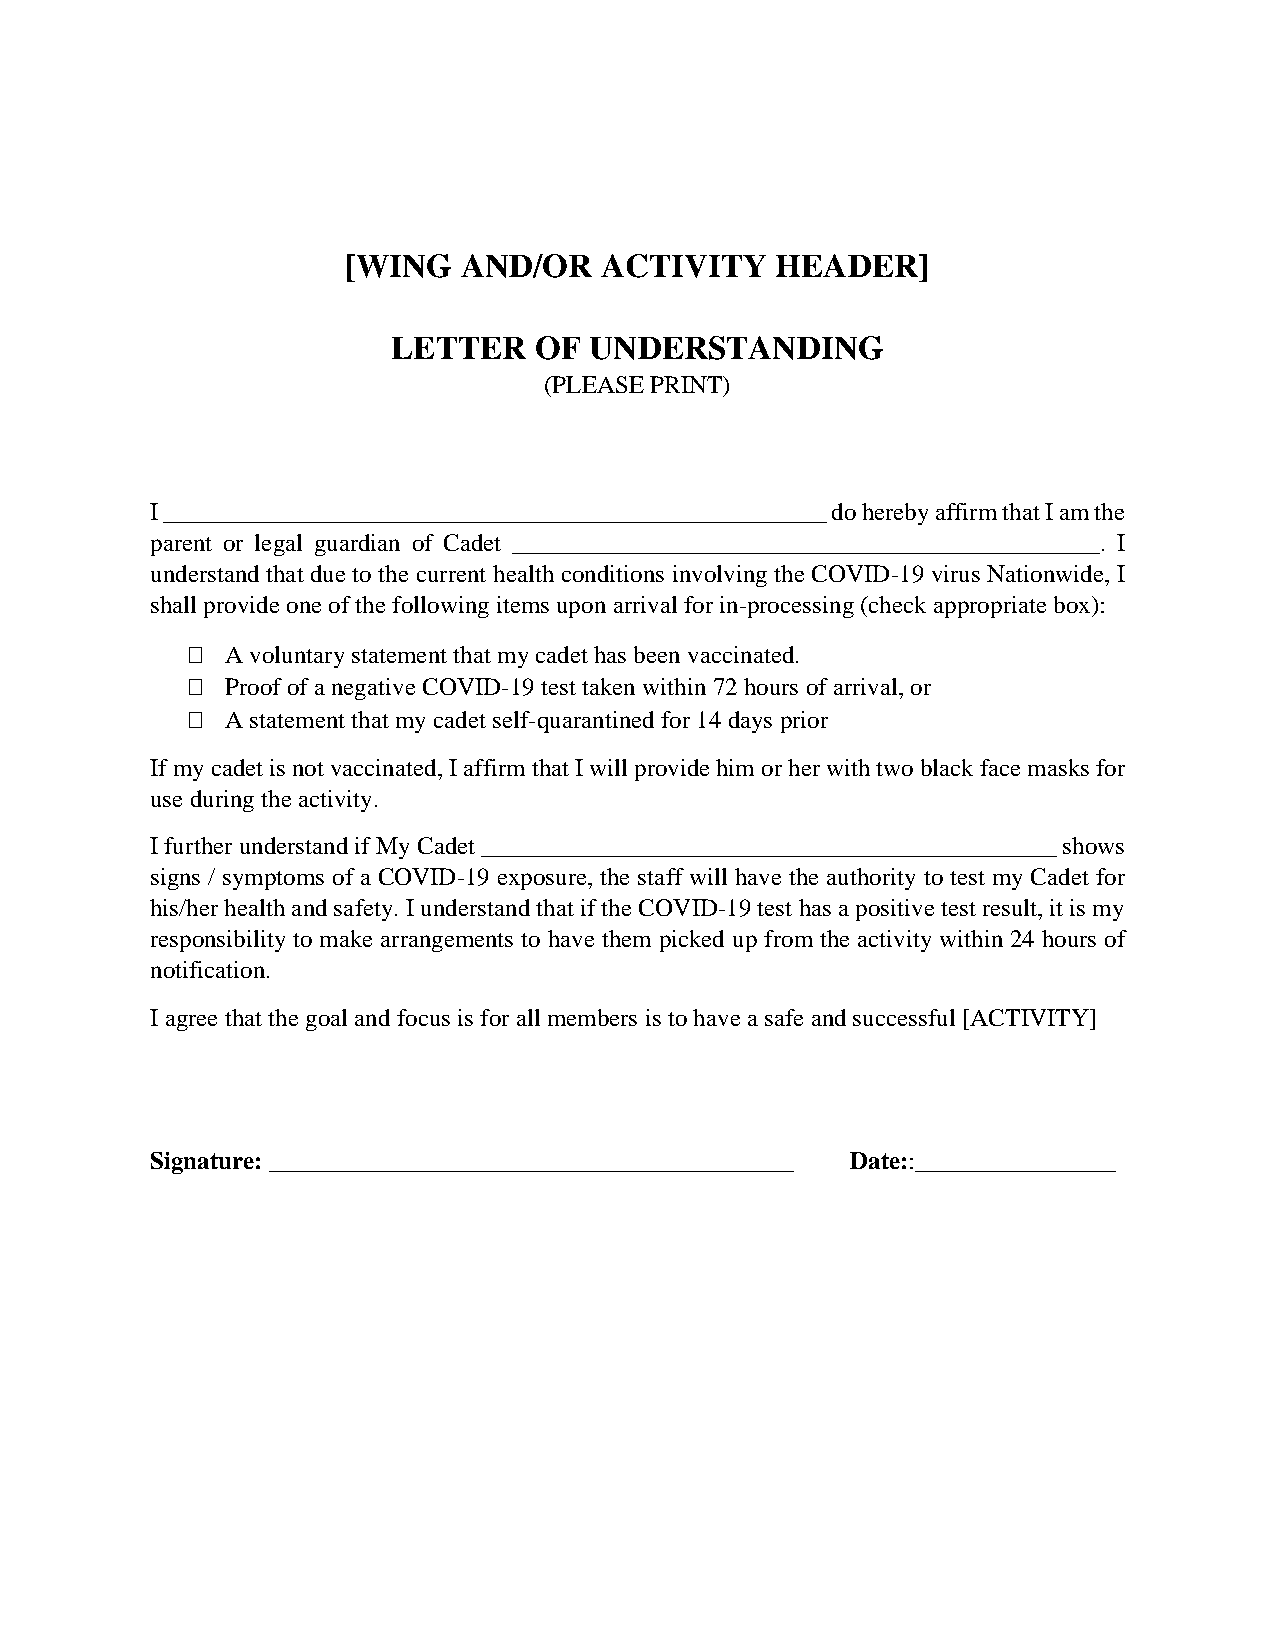
[WING   AND/OR   ACTIVITY   HEADER]
 LETTER   OF  UNDERSTANDING
 (PLEASE PRINT)
 I _____________________________________________________ do hereby affirm that I am the
 parent or legal guardian of Cadet _______________________________________________. I
 understand that due to the current health conditions involving the COVID-19 virus Nationwide, I
 shall provide one of the following items upon arrival for in-processing (check appropriate box):
   A voluntary statement that my cadet has been vaccinated.
   Proof of a negative COVID-19 test taken within 72 hours of arrival, or
   A statement that my cadet self-quarantined for 14 days prior
 If my cadet is not vaccinated, I affirm that I will provide him or her with two black face masks for
 use during the activity.
 I further understand if My Cadet ______________________________________________ shows
 signs / symptoms of a COVID-19 exposure, the staff will have the authority to test my Cadet for
 his/her health and safety. I understand that if the COVID-19 test has a positive test result, it is my
 responsibility to make arrangements to have them picked up from the activity within 24 hours of
 notification.
 I agree that the goal and focus is for all members is to have a safe and successful [ACTIVITY]
 Signature: __________________________________________ Date::________________